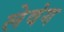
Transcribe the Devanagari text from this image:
लेवंग